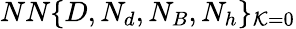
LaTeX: NN\{ D,N_{d},N_{B},N_{h}\} _{\mathcal{K}=0}